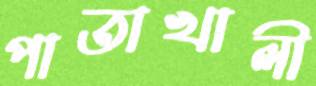
পাতাখালী